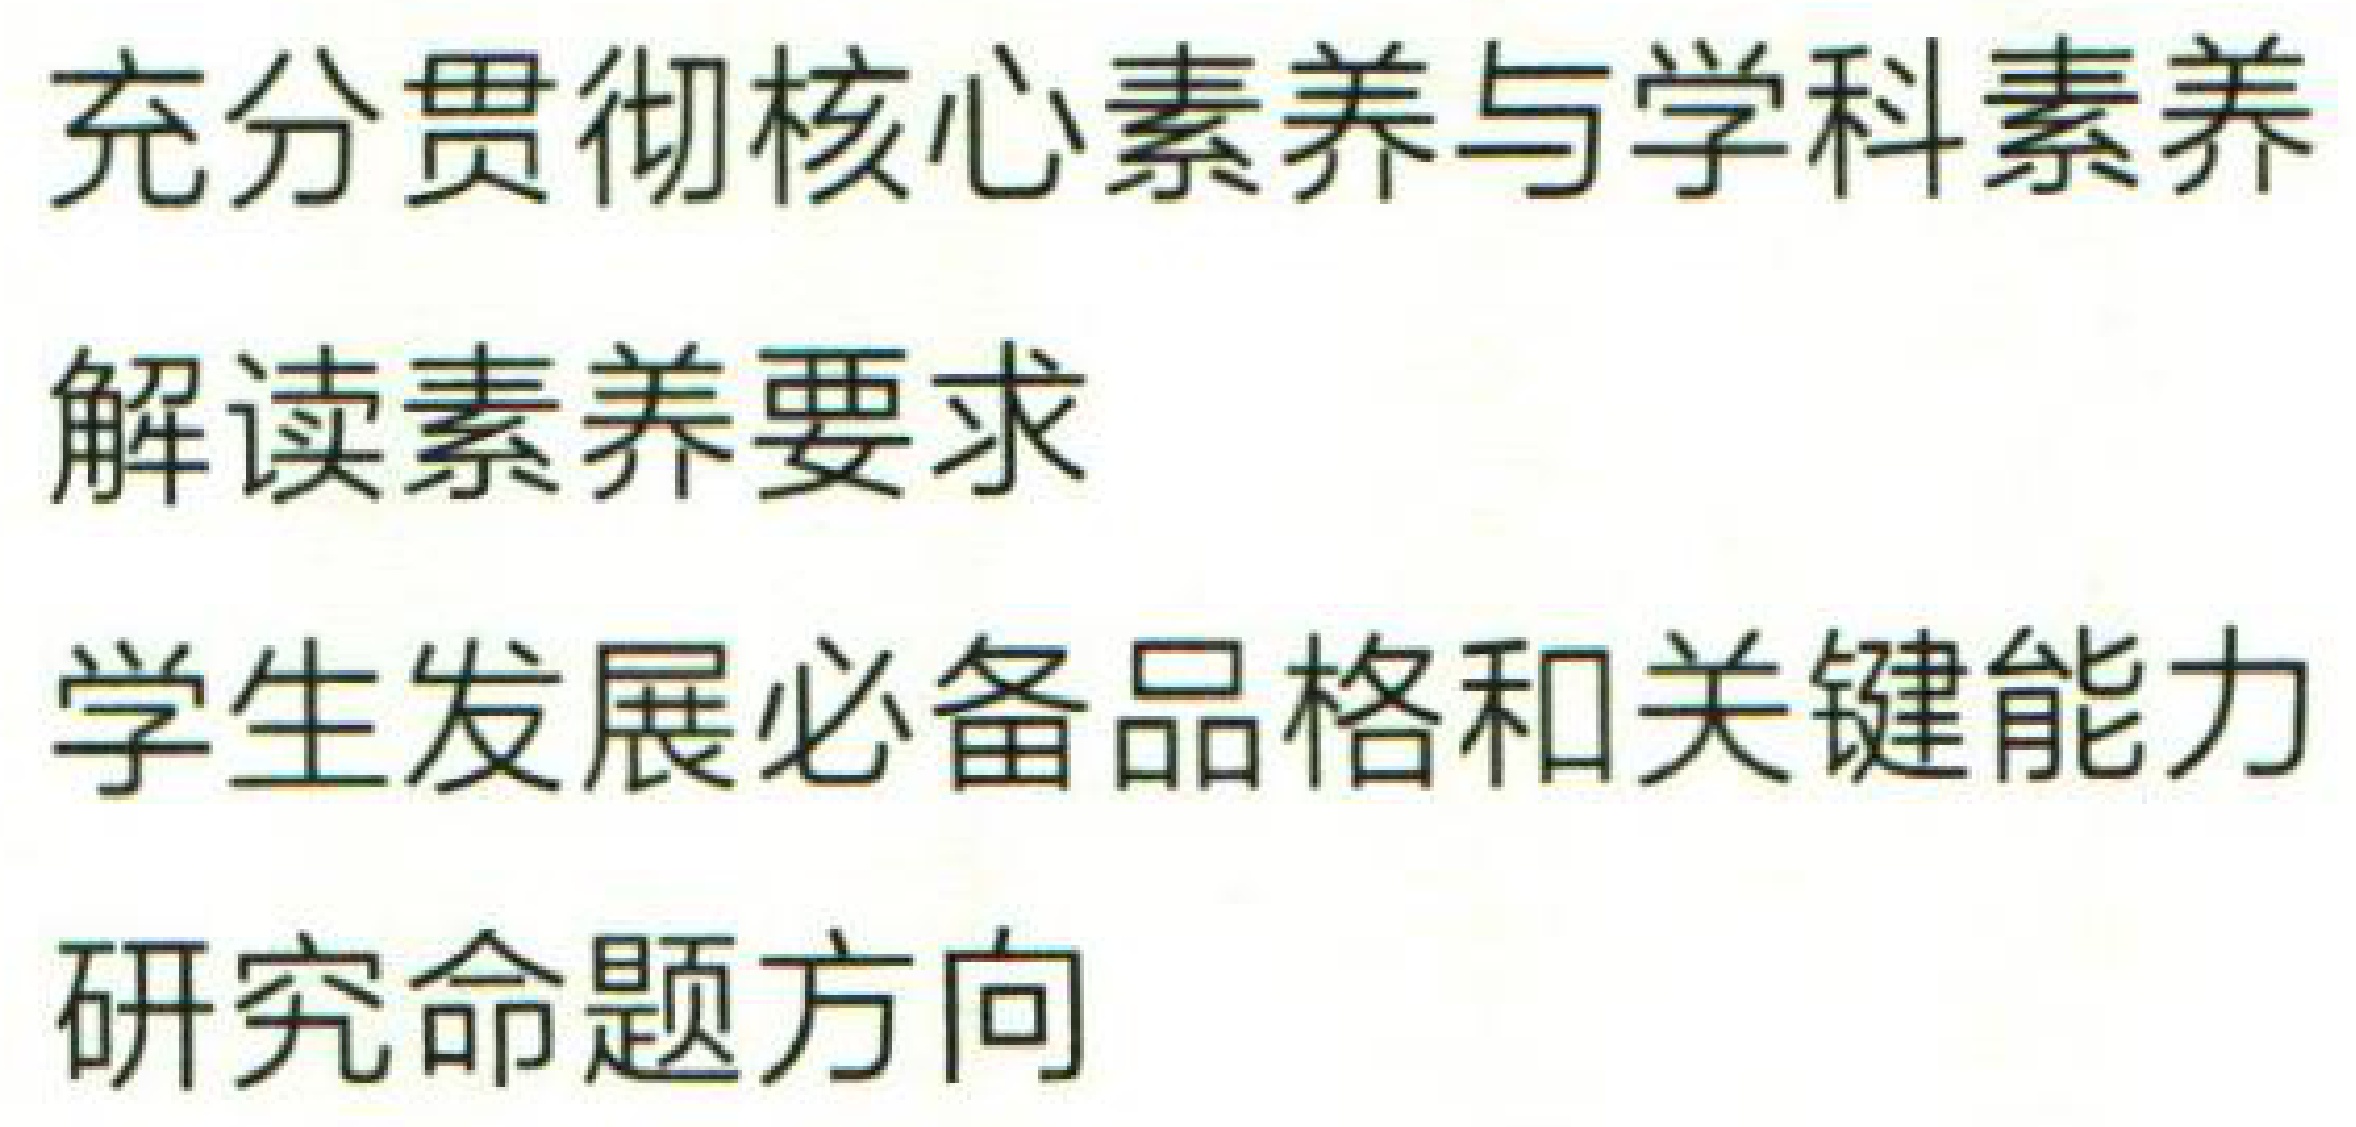
充分贯彻核心素养与学科素养

解读素养要求

学生发展必备品格和关键能力

研究命题方向